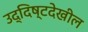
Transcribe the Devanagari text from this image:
उद्दिष्टदेखील